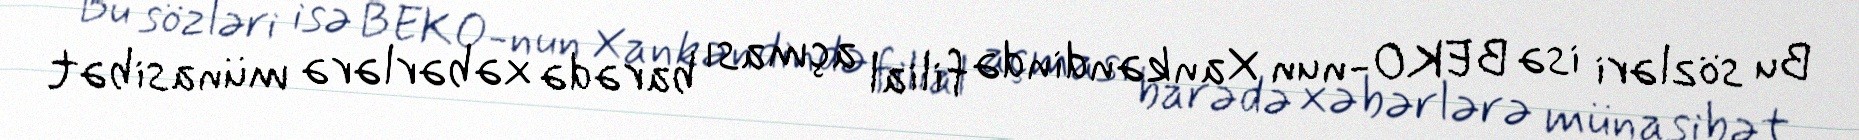
Bu sözləri isə BEKO-nun Xankəndində filial açması barədə xəbərlərə münasibət